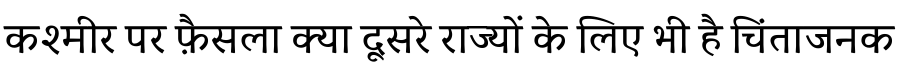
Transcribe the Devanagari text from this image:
कश्मीर पर फ़ैसला क्या दूसरे राज्यों के लिए भी है चिंताजनक